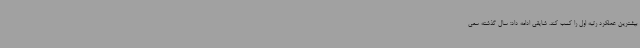
بیشترین عملکرد رتبه اول را کسب کند. شایقی ادامه داد: سال گذشته سعی